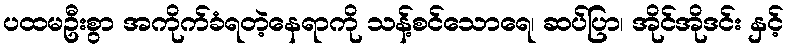
ပထမဦးစွာ အကိုက်ခံရတဲ့နေရာကို သန့်စင်သောရေ၊ ဆပ်ပြာ၊ အိုင်အိုဒင်း နှင့်